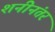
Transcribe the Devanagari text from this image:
शनीनंतर